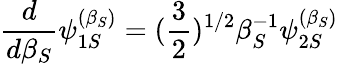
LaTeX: {\frac{d}{d\beta_{S}}}\psi_{1S}^{(\beta_{S})}=({\frac{3}{2}})^{1/2}\beta_{S}^{-1}\psi_{2S}^{(\beta_{S})}